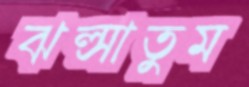
ঝল্‌সাতুম